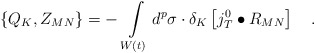
\begin{align*}\left\{ Q_K,Z_{MN}\right\} =-\,\int\limits_{W\left( t\right)}d^p\sigma \cdot \delta _K\left[ j_T^0\bullet R_{MN}\right] \quad .\end{align*}